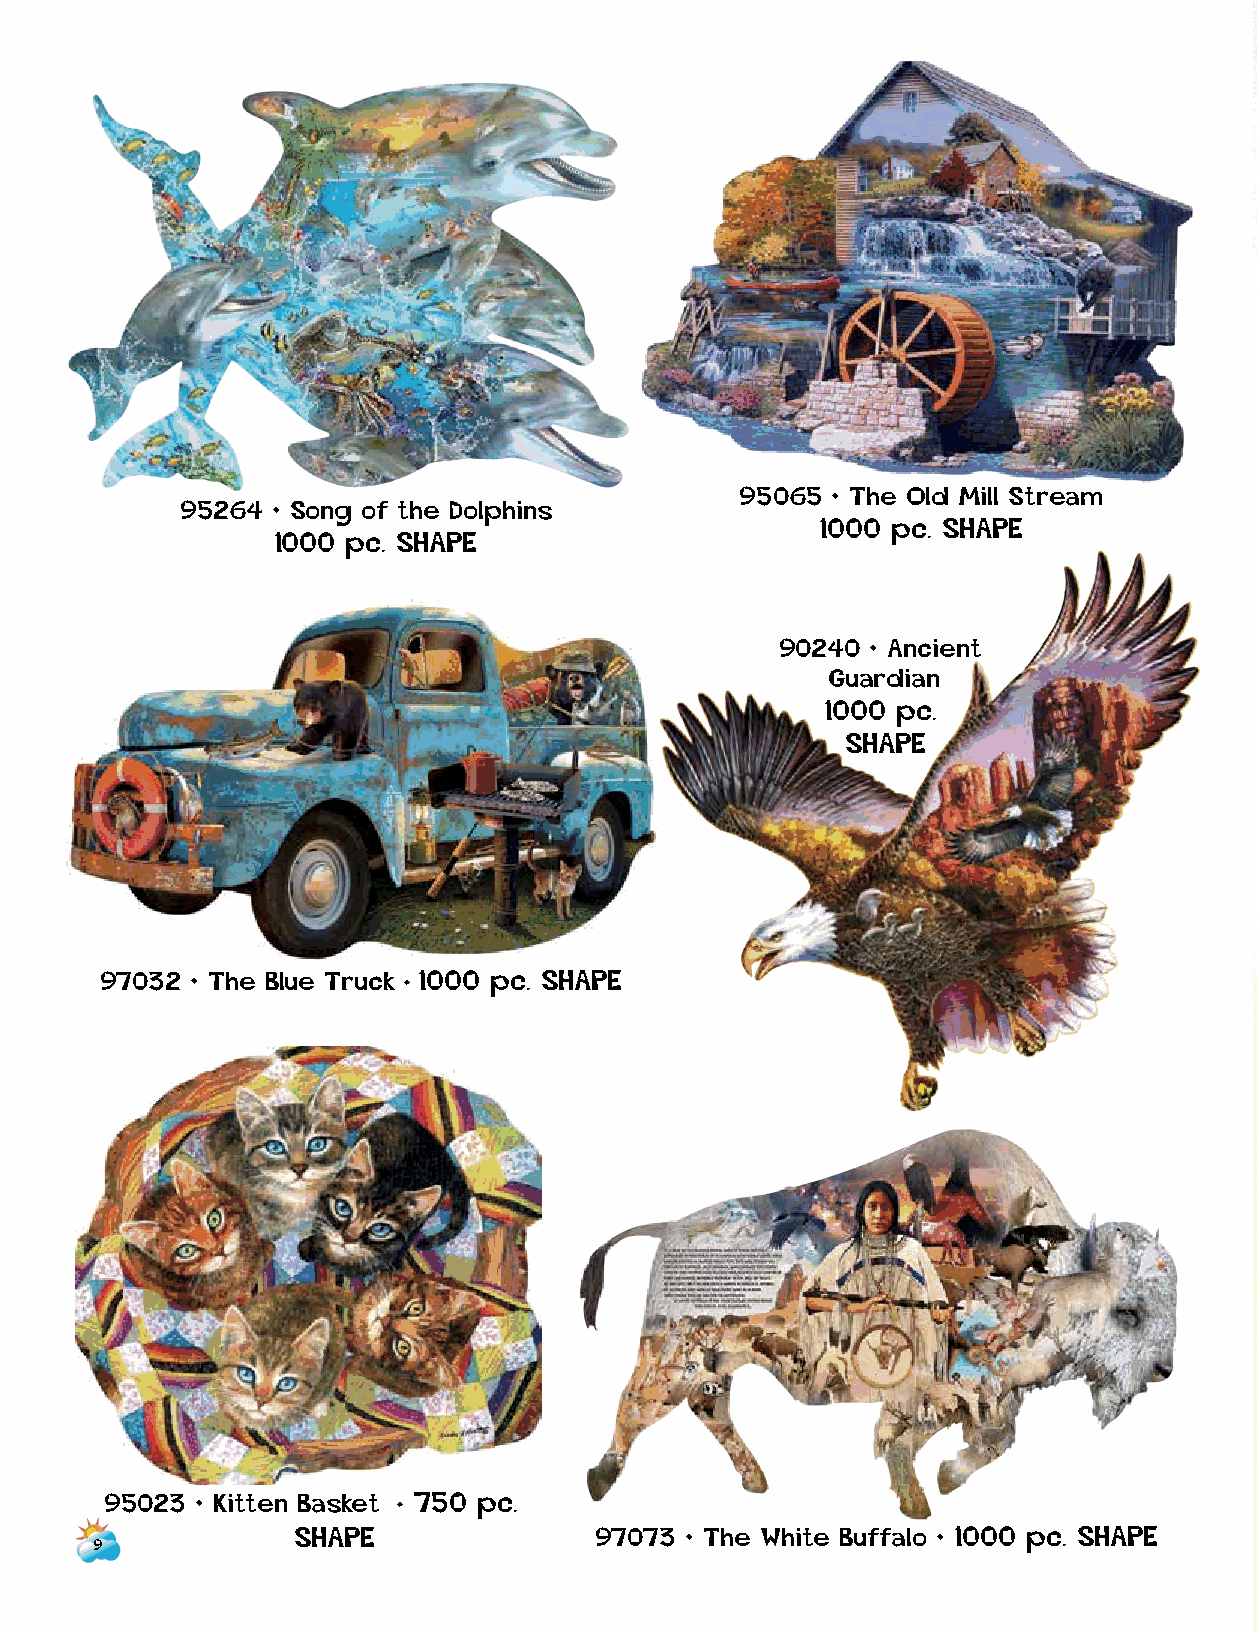
95065 • The Old Mill Stream
 95264 • Song of the Dolphins
 1000 pc. SHAPE
 1000 pc. SHAPE
 90240 • Ancient
 Guardian
 1000 pc.
 SHAPE
 97032 • The Blue Truck • 1000 pc. SHAPE
 95023 • Kitten Basket • 750 pc.
 SHAPE              97073 • The White Buffalo • 1000 pc. SHAPE
 9